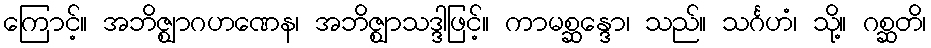
ကြောင့်။ အဘိဇ္ဈာဂဟဏေန၊ အဘိဇ္ဈာသဒ္ဒါဖြင့်။ ကာမစ္ဆန္ဒော၊ သည်။ သင်္ဂဟံ၊ သို့။ ဂစ္ဆတိ၊